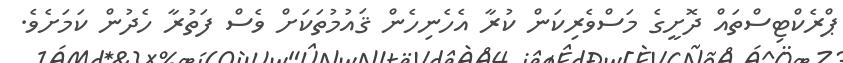
ޕްރެކްޓިސްތައް ދޮށީގެ މަސްވެރިކަން ކުރާ އެހެނިހެން ޤައުމުތަކަށް ވެސް ފަތުރާ ހެދުން ކަމަށެވެ.